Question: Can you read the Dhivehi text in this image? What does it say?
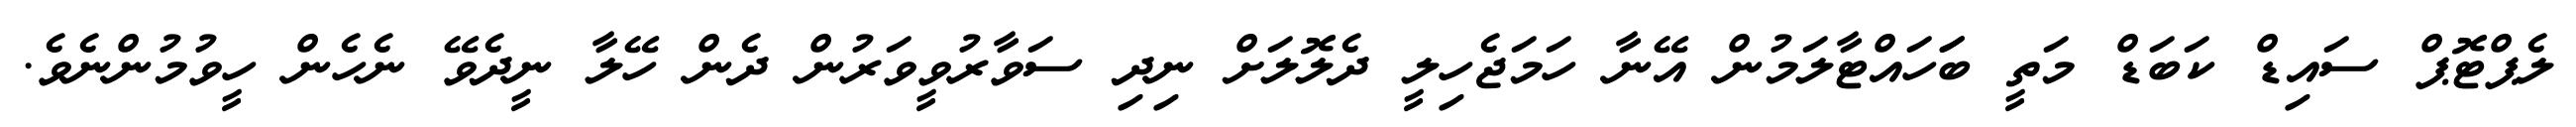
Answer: ލެޕްޓޮޕް ސައިޑް ކަބަޑް މަތީ ބަަހައްޓާލަމުން އޭނާ ހަމަޖެހިލީ ދެލޮލަށް ނިދި ސަވާރުވީވަރުން ދެން ހޭލާ ނީދެވޭ ނެހެން ހީވުމުންނެވެ.